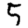
Digit: 5